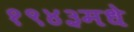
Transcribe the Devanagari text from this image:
१९४३मधे